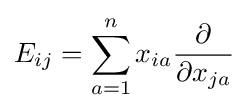
E_{ij}=\sum _{a=1}^{n}x_{ia}{\frac {\partial }{\partial x_{ja}}}